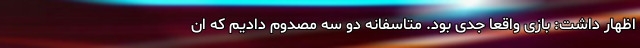
اظهار داشت: بازی واقعا جدی بود. متاسفانه دو سه مصدوم دادیم که ان‌